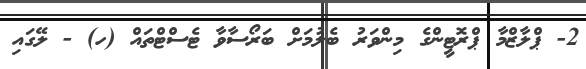
2- ޕްލާޒްމާ ޕްރޮޓީންގެ މިންވަރު ބެލުމަށް ބަރޯސާވާ ޓެސްޓްތައް (ހ) - ލޭގައި